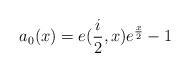
LaTeX: \begin{align*}a_{0}(x)=e(\frac{i}{2},x)e^{\frac{x}{2}}-1 \end{align*}